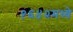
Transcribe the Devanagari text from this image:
१६४२मध्ये